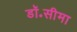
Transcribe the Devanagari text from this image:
डॉ॰सीमा